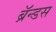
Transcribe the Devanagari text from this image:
ब्रॅन्डस